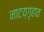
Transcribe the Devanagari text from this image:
नाटय़गृहात